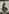
Text: 6